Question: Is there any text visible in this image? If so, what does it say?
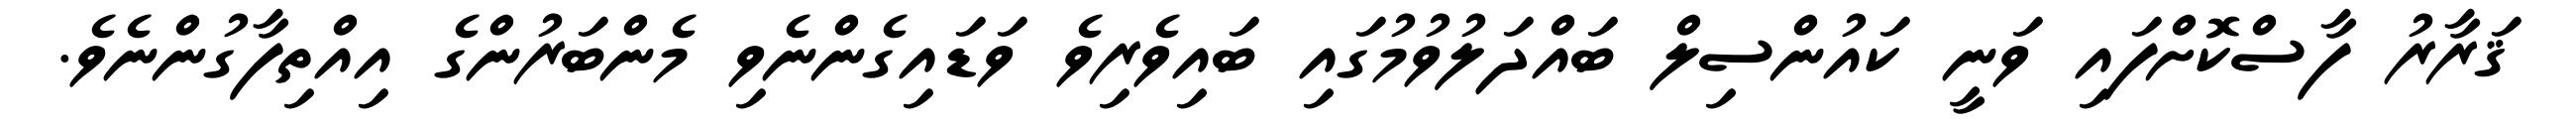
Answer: ޤަރާރު ފާސްކޮށްފައި ވަނީ ކައުންސިލް ބައްދަލުވުމުގައި ބައިވެރިވެ ވަޑައިގެންނެވި މެންބަރުންގެ އިއްތިފާގުންނެވެ.